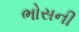
ભોસની